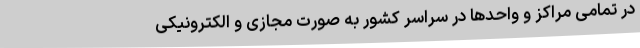
در تمامی مراکز و واحد‌ها در سراسر کشور به صورت مجازی و الکترونیکی